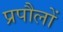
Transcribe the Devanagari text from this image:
प्रपौलों